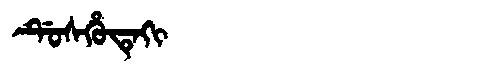
Manchu: ᡩᡠᠰᡥᡠᡨᡝᡴᡳ
Romanization: DUSHUTEKI